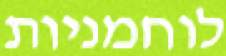
לוחמניות